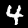
Label: 4